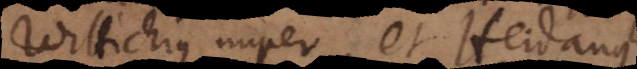
Wittichius nuper et Heidanus.